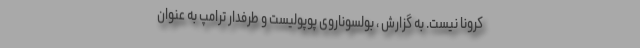
کرونا نیست. به گزارش ، بولسوناروی پوپولیست و طرفدار ترامپ به عنوان